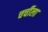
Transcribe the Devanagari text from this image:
चर्चीला